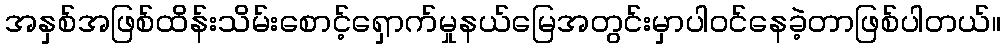
အနှစ်အဖြစ်ထိန်းသိမ်းစောင့်ရှောက်မှုနယ်မြေအတွင်းမှာပါဝင်နေခဲ့တာဖြစ်ပါတယ်။